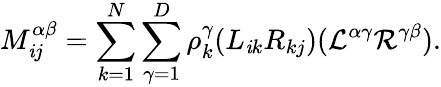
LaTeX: M_{\mathit{i}j}^{\alpha\beta}=\sum_{k=1}^{N}\sum_{\gamma=1}^{D}\rho_{k}^{\gamma}(L_{\mathit{i}k}R_{kj})(\mathcal{{L}}^{\alpha\gamma}\mathcal{{R}}^{\gamma\beta}).